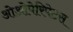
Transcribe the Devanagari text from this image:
ओओपेरिपेटस